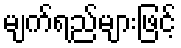
မျက်ရည်များဖြင့်